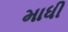
માધી